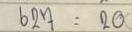
627 = 20